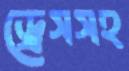
ড্রেসসহ